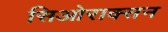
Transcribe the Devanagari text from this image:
सिओराक्सन